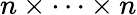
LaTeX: n\times\cdots\times n